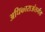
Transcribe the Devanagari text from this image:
अधिकाराअंतर्गत